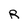
Character: R